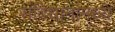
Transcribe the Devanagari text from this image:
संविधानांमध्ये